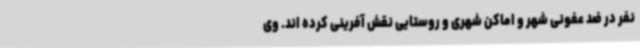
نفر در ضد عفونی شهر و اماکن شهری و روستایی نقش آفرینی کرده اند. وی